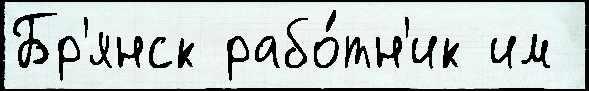
Бр'янск рабо́тн'ик им